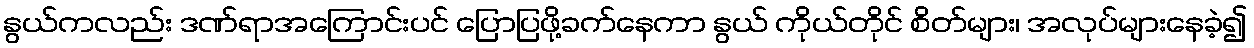
နွယ်ကလည်း ဒဏ်ရာအကြောင်းပင် ပြောပြဖို့ခက်နေကာ နွယ် ကိုယ်တိုင် စိတ်များ၊ အလုပ်များနေခဲ့၍